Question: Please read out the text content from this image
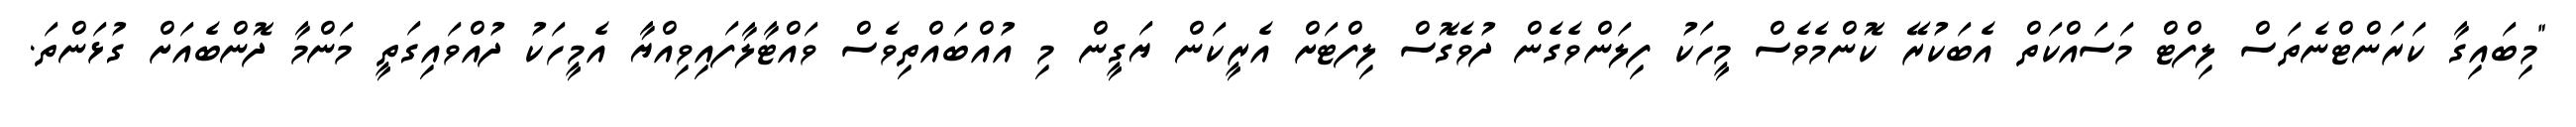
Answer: "މިބައިގާ ކަރަންޓްނެތަސް ލިފްޓް މަސައްކަތް އެބަކުރޭ ކޮންމެވެސް މީހަކު ފިލަންވެގެން ދުވެގޮސް ލިފްޓަށް އެރީކަން ޔަގީން މި އުއްބައްތިވެސް ވައްޓާލާފައިވިއްޔާ އެމީހަކު ދުއްވައިގަތީ މަންމާ ދޮންބެއަށް ގުޅަންތަ.